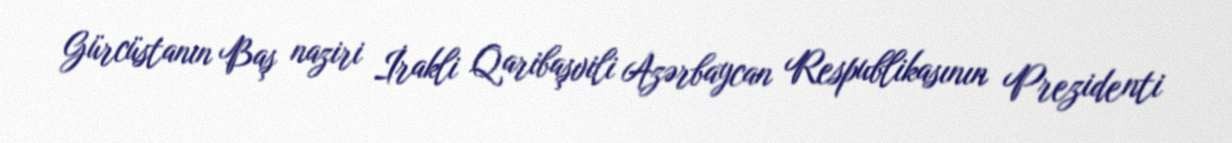
Gürcüstanın Baş naziri İrakli Qaribaşvili Azərbaycan Respublikasının Prezidenti